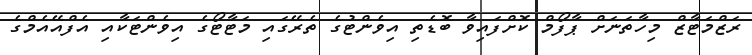
ރަޒްމަޓާޒް މިހާތަނަށް ޕާފޯމް ކޮށްފައިވާ ބޮޑެތި އިވެންޓުގެ ތެރޭގައި މަޓާޓޯގެ އިވެންޓަކާއި އެފްއޭއެމްގެ